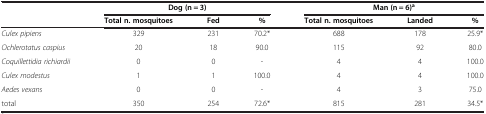
<table><thead><tr><td><b> </b></td><td colspan="3"><b>Dog (n = 3)</b></td><td colspan="3"><b>Man (n = 6)<sup>a</sup></b></td></tr><tr><td><b> </b></td><td><b>Total n. mosquitoes</b></td><td><b>Fed</b></td><td><b>%</b></td><td><b>Total n. mosquitoes</b></td><td><b>Landed</b></td><td><b>%</b></td></tr></thead><tbody><tr><td><i>Culex pipiens</i></td><td>329</td><td>231</td><td>70.2*</td><td>688</td><td>178</td><td>25.9*</td></tr><tr><td><i>Ochlerotatus caspius</i></td><td>20</td><td>18</td><td>90.0</td><td>115</td><td>92</td><td>80.0</td></tr><tr><td><i>Coquillettidia richiardii</i></td><td>0</td><td>0</td><td>-</td><td>4</td><td>4</td><td>100.0</td></tr><tr><td><i>Culex modestus</i></td><td>1</td><td>1</td><td>100.0</td><td>4</td><td>4</td><td>100.0</td></tr><tr><td><i>Aedes vexans</i></td><td>0</td><td>0</td><td>-</td><td>4</td><td>3</td><td>75.0</td></tr><tr><td>total</td><td>350</td><td>254</td><td>72.6*</td><td>815</td><td>281</td><td>34.5*</td></tr></tbody></table>